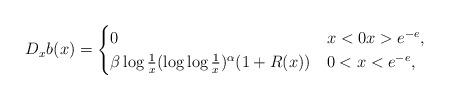
LaTeX: \begin{align*}D_xb(x)=\begin{cases}0&x< 0x> e^{-e},\\\beta \log\frac{1}{x}(\log\log\frac{1}{x})^\alpha (1+R(x)) &0< x< e^{-e},\end{cases} \end{align*}